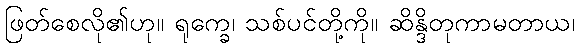
ဖြတ်စေလို၏ဟု။ ရုက္ခေ၊ သစ်ပင်တို့ကို။ ဆိန္ဒိတုကာမတာယ၊